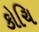
કોચિ